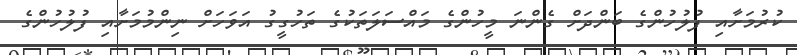
ކުރުމަށާއި ފުލުހުންގެ ބަންދަށް ގެންނަ މީހުންގެ މައްސަލަތަކުގެ ތަހުގީގު އަވަހަށް ނިންމުމަށާއި ފުލުހުންގެ